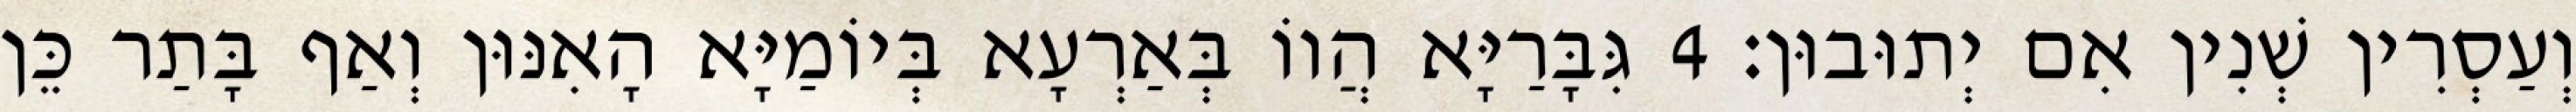
וְעַסְרִין שְׁנִין אִם יְתוּבוּן׃ 4 גִּבָּרַיָּא הֲווֹ בְּאַרְעָא בְּיוֹמַיָּא הָאִנּוּן וְאַף בָּתַר כֵּן